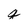
Character: q